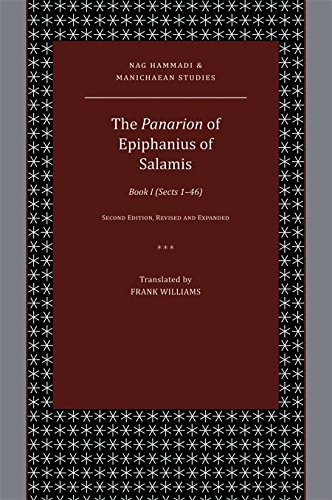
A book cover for The Panarion of Epiphanius of Salamis: Book I (Sects 146); Frank Williams; Christian Books & Bibles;